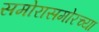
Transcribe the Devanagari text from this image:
समोरासमोरच्या